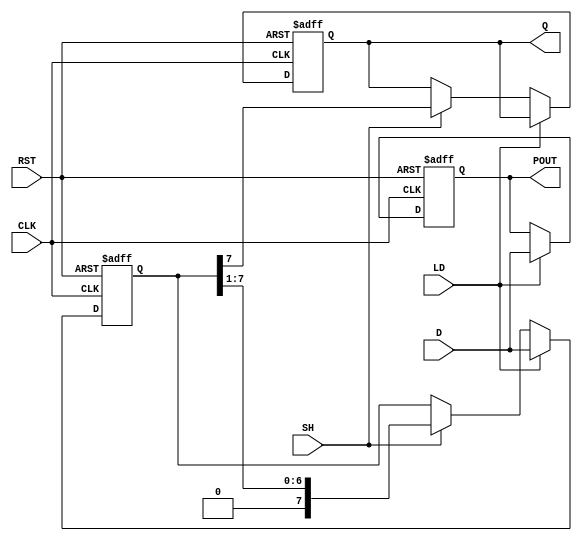
module PISO_Register (
    input wire [n-1:0] D,        // Parallel Data Inputs
    input wire LD,               // Load Signal
    input wire SH,               // Shift Signal
    input wire CLK,              // Clock
    input wire RST,              // Reset Signal
    output reg Q,                // Serial Output
    output reg [n-1:0] POUT      // Parallel Output (optional)
);
    parameter n = 8;             // Width of the register (can be adjusted)
    reg [n-1:0] shift_reg;       // Internal register to hold the data

    // Asynchronous Reset and Load Operation
    always @(posedge CLK or posedge RST) begin
        if (RST) begin
            shift_reg <= 0;        // Reset the register to 0
            Q <= 0;
            POUT <= 0;            // Reset the parallel output as well
        end else if (LD) begin
            shift_reg <= D;        // Load data on the rising edge of clock if LD is high
            POUT <= D;             // Update parallel output with loaded data
        end else if (SH) begin
            Q <= shift_reg[n-1];   // Shift out the MSB to serial output
            shift_reg <= {1'b0, shift_reg[n-1:1]}; // Shift right and fill with 0
        end
    end

endmodule